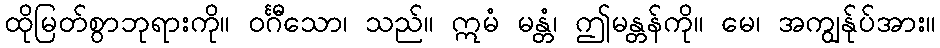
ထိုမြတ်စွာဘုရားကို။ ဝင်္ဂီသော၊ သည်။ ဣမံ မန္တံ၊ ဤမန္တန်ကို။ မေ၊ အကျွန်ုပ်အား။